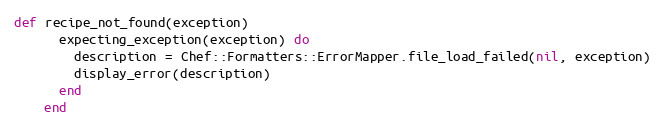
Language: Ruby
def recipe_not_found(exception)
      expecting_exception(exception) do
        description = Chef::Formatters::ErrorMapper.file_load_failed(nil, exception)
        display_error(description)
      end
    end